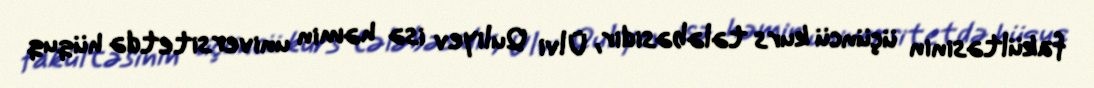
fakültəsinin üçüncü kurs tələbəsidir, Ülvi Quliyev isə həmin universitetdə hüquq